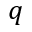
q